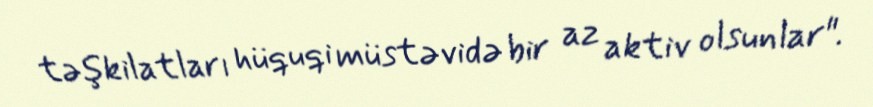
təşkilatları hüquqi müstəvidə bir az aktiv olsunlar".